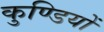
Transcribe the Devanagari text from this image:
कुण्डियों